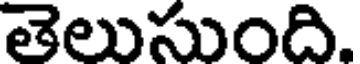
తెలుసుంది.